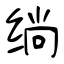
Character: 绱